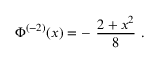
\Phi ^ { ( - 2 ) } ( x ) = - \ \frac { 2 + x ^ { 2 } } { 8 } \ .